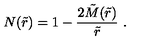
N ( \tilde { r } ) = 1 - \frac { 2 \tilde { M } ( \tilde { r } ) } { \tilde { r } } \ .